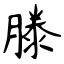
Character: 滕